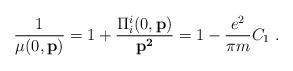
LaTeX: \begin{align*}\frac{1}{\mu(0,{\bf p})} =1+\frac{\Pi_i^{i}(0,{\bf p})}{{\bf p^2}}=1-\frac{e^2}{ \pi m} C_1 \, \, .\end{align*}